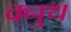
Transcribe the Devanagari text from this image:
क्नुथ